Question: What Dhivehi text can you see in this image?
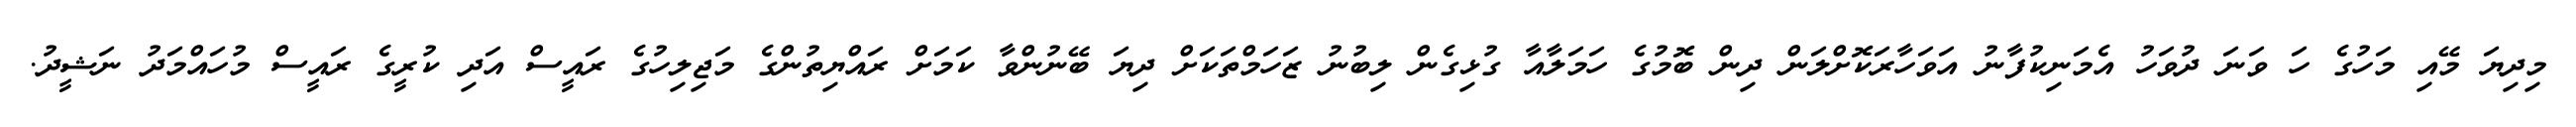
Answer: މިދިޔަ މޭއި މަހުގެ ހަ ވަނަ ދުވަހު އެމަނިކުފާނު އަވަހާރަކޮށްލަން ދިން ބޮމުގެ ހަމަލާއާ ގުޅިގެން ލިބުނު ޒަހަމްތަކަށް ދިޔަ ބޭނުންވާ ކަމަށް ރައްޔިތުންގެ މަޖިލިހުގެ ރައީސް އަދި ކުރީގެ ރައީސް މުހައްމަދު ނަޝީދު.